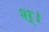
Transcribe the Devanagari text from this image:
श्।